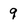
Character: 9